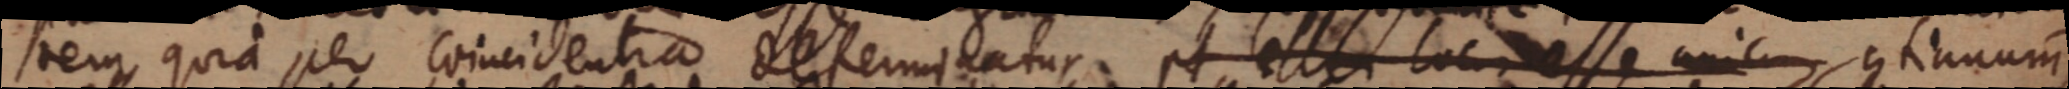
rem quia per coincidentia determinatur. pt esse loc esse unicum continuum